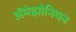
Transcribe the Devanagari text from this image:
ॲमेझोनियन